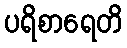
ပရိစာရေတိ